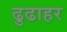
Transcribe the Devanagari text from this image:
ढुढाहर